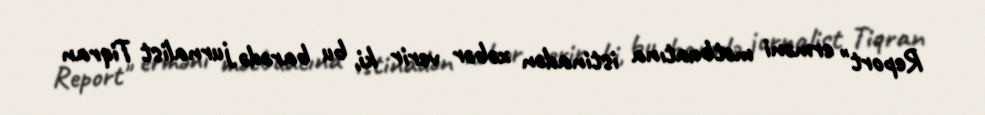
Report" erməni mətbuatına istinadən xəbər verir ki, bu barədə jurnalist Tiqran